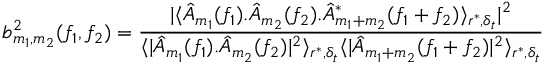
b _ { m _ { 1 } , m _ { 2 } } ^ { 2 } ( f _ { 1 } , f _ { 2 } ) = \frac { | \langle \hat { A } _ { m _ { 1 } } ( f _ { 1 } ) . \hat { A } _ { m _ { 2 } } ( f _ { 2 } ) . \hat { A } _ { m _ { 1 } + m _ { 2 } } ^ { * } ( f _ { 1 } + f _ { 2 } ) \rangle _ { r ^ { * } , \delta _ { t } } | ^ { 2 } } { \langle | \hat { A } _ { m _ { 1 } } ( f _ { 1 } ) . \hat { A } _ { m _ { 2 } } ( f _ { 2 } ) | ^ { 2 } \rangle _ { r ^ { * } , \delta _ { t } } \langle | \hat { A } _ { m _ { 1 } + m _ { 2 } } ( f _ { 1 } + f _ { 2 } ) | ^ { 2 } \rangle _ { r ^ { * } , \delta _ { t } } }